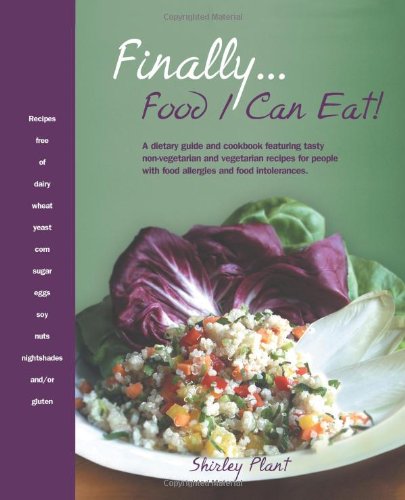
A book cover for Finally . . . Food I Can Eat!: A dietary guide and cookbook featuring tasty non-vegetarian and vegetarian recipes for people with food allergies and food intolerances.; Shirley Plant; Health, Fitness & Dieting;